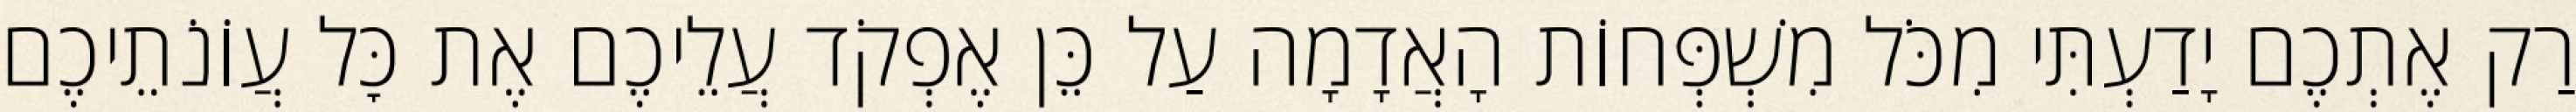
רַק אֶתְכֶם יָדַעְתִּי מִכֹּל מִשְׁפְּחוֹת הָאֲדָמָה עַל כֵּן אֶפְקֹד עֲלֵיכֶם אֶת כׇּל עֲוֹנֹתֵיכֶם